Leaving Certificate Examination, 1913
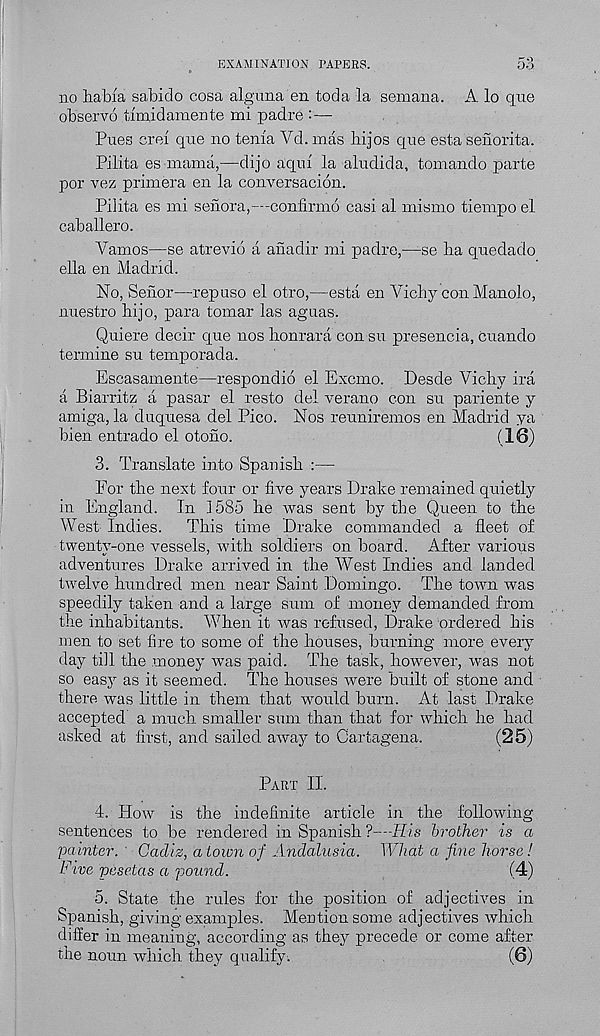
EXAMINATION PAPERS.
53
no habia sabido cosa alguna en toda la seniana. A lo que
observe timid amen te mi padre :—
Pues crei que no tenia Yd. mas liijos que esta senorita.
Pilita es mama,—dijo aqui la aludida, tomando parte
por vez primera en la conversacion.
Pilita es mi senora,—confirmo casi al mismo tiempo el
caballero.
Vamos—se atrevid a anadir mi padre,—-se lia quedado
ella en Madrid.
No, penor—repuso el otro,—esta en Vichy con Manolo,
nuestro hijo, para tomar las aguas.
Quiere decir que nos lionrara con su presencia, cuando
termine su temporada.
Escasamente—respondio el Excmo. Desde Vichy ira
a Biarritz a pasar el resto del verano con su pariente y
amiga, la duquesa del Pico. Nos reuniremos en Madrid ya
bien entrado el otoho.
( 16)
3. Translate into Spanish :—
For the next four or five years Drake remained quietly
in England. In 1585 he was sent by the Queen to the
West Indies.
This time Drake commanded a fleet of
twenty-one vessels, with soldiers on board. After various
adventures Drake arrived in the West Indies and landed
twelve hundred men near Saint Domingo. The town was
speedily taken and a large sum of money demanded from
the inhabitants. When it was refused, Drake ordered his
men to set fire to some of the houses, burning more every
day till the money w T as paid. The task, however, was not
so easy as it seemed. The houses were built of stone and
there was little in them that would burn. At last Drake
accepted a much smaller sum than that for which he had
asked at first, and sailed away to Cartagena.
(25)
Part II.
4. How is the indefinite article in the following
sentences to be rendered in Spanish ?—His brother is a
painter. Cadiz, a town of Andalusia. What a fine horse!
Five pesetas a "pound.
(4)
5. State the rules for the position of adjectives in
Spanish, giving examples. Mention some adjectives which
differ in meaning, according as they precede or come after
the noun which they qualify.
(6)